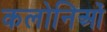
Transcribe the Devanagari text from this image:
कलोनिओं